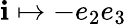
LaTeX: \mathbf{i}\mapsto-e_{2}e_{3}